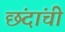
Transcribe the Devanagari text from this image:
छंदांची